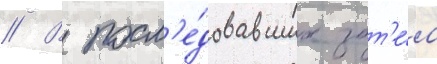
// В посл'е́довавших зат'е́м